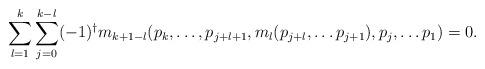
LaTeX: \begin{align*}\sum_{l=1}^k \sum_{j=0}^{k-l} (-1)^\dagger m_{k+1-l} (p_k, \ldots , p_{j+l+1}, m_l(p_{j+l}, \ldots p_{j+1}), p_j,\ldots p_1)=0.\end{align*}